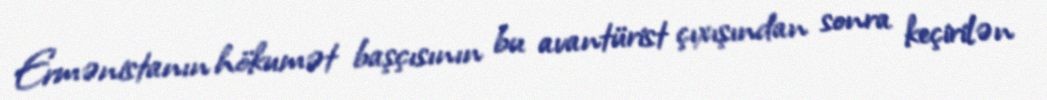
Ermənistanın hökumət başçısının bu avantürist çıxışından sonra keçirilən